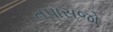
તપાસજો